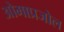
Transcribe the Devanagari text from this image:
ओमाप्रजोल